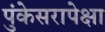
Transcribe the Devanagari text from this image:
पुंकेसरापेक्षा